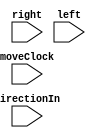
module test_direction(moveClock, directionIn, right, left);

	input [5:0] directionIn;
	input moveClock;
	input left, right;
	
	wire [5:0] directionOut;
	
	reg [5:0]dir;

	always@(posedge moveClock) begin
		dir <= directionOut;
	end
	
	directionModule u1(
			.directionIn(dir),
			.moveClock(moveClock),
			.right(right),
			.left(left),
			.directionOut(directionOut)
			); 
			
endmodule

module directionModule(directionIn, moveClock, right, left, directionOut);
	
	input[5:0] directionIn;
	input moveClock;
	input left, right;
	
	output reg [5:0] directionOut;

	always@(posedge moveClock)
	begin 
		if (right && !left) begin
		case(directionIn)
			//1st quadrant
			6'b000001: directionOut <= 6'b001011;
			6'b001011: directionOut <= 6'b001010;
			6'b001010: directionOut <= 6'b010011;
			6'b010011: directionOut <= 6'b001001;
			6'b001001: directionOut <= 6'b010001;
			6'b010001: directionOut <= 6'b011010;
			6'b011010: directionOut <= 6'b011001;
			6'b011001: directionOut <= 6'b001000;
			
			//second quadrant
			6'b101000: directionOut <= 6'b111001;
			6'b111001: directionOut <= 6'b111010;
			6'b111010: directionOut <= 6'b110001;
			6'b110001: directionOut <= 6'b101001;
			6'b101001: directionOut <= 6'b110011;
			6'b110011: directionOut <= 6'b101010;
			6'b101010: directionOut <= 6'b101011;
			6'b101011: directionOut <= 6'b000001;
			
			//3rd quadrant
			6'b000101: directionOut <= 6'b101111;
			6'b101111: directionOut <= 6'b101110;
			6'b101110: directionOut <= 6'b110111;
			6'b110111: directionOut <= 6'b101101;
			6'b101101: directionOut <= 6'b110101;
			6'b110101: directionOut <= 6'b111110;
			6'b111110: directionOut <= 6'b111101;
			6'b111101: directionOut <= 6'b101000;
			
			//4th quadrant
			6'b001000: directionOut <= 6'b011101;
			6'b011101: directionOut <= 6'b011110;
			6'b011110: directionOut <= 6'b010101;
			6'b010101: directionOut <= 6'b001101;
			6'b001101: directionOut <= 6'b010111;
			6'b010111: directionOut <= 6'b001110;
			6'b001110: directionOut <= 6'b001111;
			6'b001111: directionOut <= 6'b000101;
			default: directionOut <= 6'b000001;
		endcase
		
		end
		
		else if(left && !right) begin
			case (directionIn)
			6'b001011: directionOut <= 6'b000001;
			6'b001010: directionOut <= 6'b001011;
			6'b010011: directionOut <= 6'b001010;
			6'b001001: directionOut <= 6'b010011; 
			6'b010001: directionOut <= 6'b001001;
			6'b011010: directionOut <= 6'b010001; 
			6'b011001: directionOut <= 6'b011010;
			6'b001000: directionOut <= 6'b011001; 
			
			6'b111001: directionOut <= 6'b101000;
			6'b111010: directionOut <= 6'b111001;
			6'b110001: directionOut <= 6'b111010;
			6'b101001: directionOut <= 6'b110001; 
			6'b110011: directionOut <= 6'b101001;
			6'b101010: directionOut <= 6'b110011; 
			6'b101011: directionOut <= 6'b101010;
			6'b000001: directionOut <= 6'b101011; 
			
			6'b101111: directionOut <= 6'b000101;
			6'b101110: directionOut <= 6'b101111;
			6'b110111: directionOut <= 6'b101110;
			6'b101101: directionOut <= 6'b110111; 
			6'b110101: directionOut <= 6'b101101;
			6'b111110: directionOut <= 6'b110101; 
			6'b111101: directionOut <= 6'b111110; 
			6'b101000: directionOut <= 6'b111101;
			
			6'b011101: directionOut <= 6'b001000;
			6'b011110: directionOut <= 6'b011101;
			6'b010101: directionOut <= 6'b011110;
			6'b001101: directionOut <= 6'b010101;
			6'b010111: directionOut <= 6'b001101;
			6'b001110: directionOut <= 6'b010111;
			6'b001111: directionOut <= 6'b001110;
			6'b000101: directionOut <= 6'b001111;
			default: directionOut <= 6'b000001;
			endcase
		end
	end
endmodule